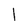
Character: I